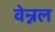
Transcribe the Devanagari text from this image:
वेन्नल